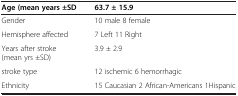
<table><thead><tr><td><b>Age (mean years ±SD</b></td><td><b>63.7 ± 15.9</b></td></tr></thead><tbody><tr><td>Gender</td><td>10 male 8 female</td></tr><tr><td>Hemisphere affected</td><td>7 Left 11 Right</td></tr><tr><td>Years after stroke (mean yrs ±SD)</td><td>3.9 ± 2.9</td></tr><tr><td>stroke type</td><td>12 ischemic 6 hemorrhagic</td></tr><tr><td>Ethnicity</td><td>15 Caucasian 2 African-Americans 1Hispanic</td></tr></tbody></table>